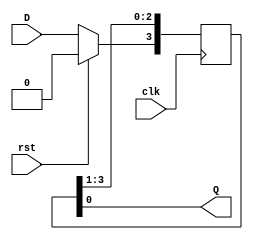
`timescale 1ns / 1ps
//////////////////////////////////////////////////////////////////////////////////
// Company: 
// Engineer: 
// 
// Design Name: 
// Module Name: siso_using_non_blocking
// Project Name: 
// Target Devices: 
// Tool Versions: 
// Description: 
// 
// Dependencies: 
// 
// Revision:
// Revision 0.01 - File Created
// Additional Comments:
// 
//////////////////////////////////////////////////////////////////////////////////


module siso_using_non_blocking(input clk,
  input D,
  input rst,
  output Q
);
  reg [3:0] data=0;  
  always @(posedge clk) begin
  if(rst)
      data<=4'b0000;  
    else
    data[3]<=D;
    data[2]<=data[3];
    data[1]<=data[2];
    data[0]<=data[1]; 
  end
  assign Q=data[0];
endmodule